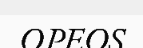
OPEOS